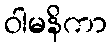
ဝါမနိကာ